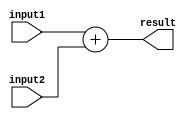
`timescale 1ns / 1ps
//////////////////////////////////////////////////////////////////////////////////
// Company: 
// Engineer: 
// 
// Design Name: 
// Module Name: Add
// Project Name: 
// Target Devices: 
// Tool Versions: 
// Description: 
// 
// Dependencies: 
// 
// Revision:
// Revision 0.01 - File Created
// Additional Comments:
// 
//////////////////////////////////////////////////////////////////////////////////


module Add(
    input [31:0] input1,
    input [31:0] input2,
    output [31:0] result
    );
    assign result=input1+input2;
endmodule